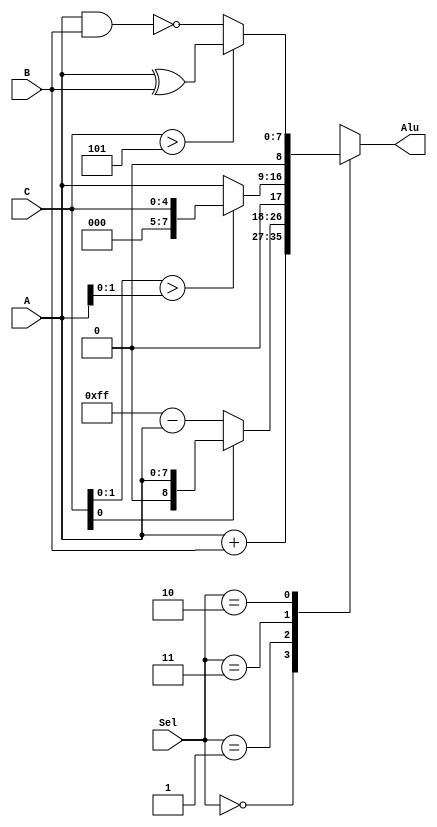
module HW1_ALU_TestBench(A, B, C, Sel, Alu);
input [7:0] A, B;
input [4:0] C;
input [1:0] Sel;
output [8:0] Alu;

reg [8:0] Alu;

always @(*)
begin
	case(Sel)
		2'b00 : Alu <= (A + B);
		2'b01 : Alu <= ((C[0] == 0) ? (8'b11111111 - A) : (A));
		2'b11 : Alu <= ((C[1:0]) > (A[1:0]) ? C : A);
		2'b10 : Alu <= {1'b0 , ((C > 5) ? (A ^ B) : ~(A & B))};
	endcase
end


endmodule